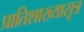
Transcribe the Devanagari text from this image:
प्रातिशाख्यासूत्र